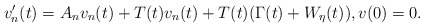
\begin{align*}v_n'(t) = A_nv_n(t) + T(t)v_n(t) + T(t)(\Gamma(t) + W_\eta (t)), v(0) = 0.\end{align*}